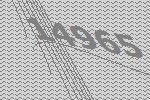
14965